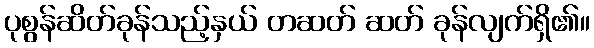
ပုစွန်ဆိတ်ခုန်သည့်နှယ် တဆတ် ဆတ် ခုန်လျက်ရှိ၏။